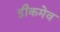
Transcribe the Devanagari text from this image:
हीकमेव